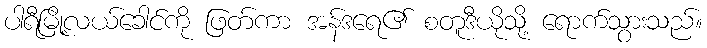
ပါရီမြို့လယ်ခေါင်ကို ဖြတ်ကာ အန်ဒရေ၏ စတူဒီယိုသို့ ရောက်သွားသည်။